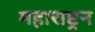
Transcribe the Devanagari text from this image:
महाराष्ट्रन